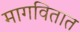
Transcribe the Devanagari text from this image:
मागवितात